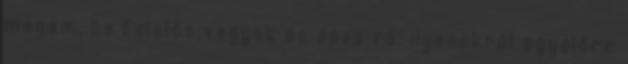
magam, ha felelős vagyok és épes rá. ilyenekről egyelőre